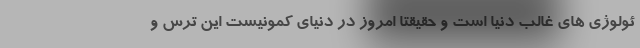
ئولوژی های غالب دنیا است و حقیقتا امروز در دنیای کمونیست این ترس و